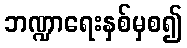
ဘဏ္ဍာရေးနှစ်မှစ၍